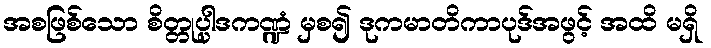
အစဖြစ်သော စိတ္တုပ္ပါဒကဏ္ဍံ မှစ၍ ဒုကမာတိကာပုဒ်အဖွင့် အထိ မရှိ